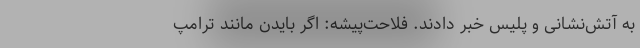
به آتش‌نشانی و پلیس خبر دادند. فلاحت‌پیشه: اگر بایدن مانند ترامپ